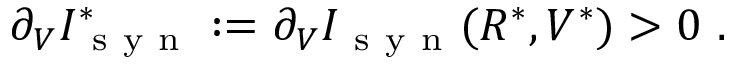
\partial _ { V } I _ { \mathrm { ~ s ~ y ~ n ~ } } ^ { * } : = \partial _ { V } I _ { \mathrm { ~ s ~ y ~ n ~ } } ( R ^ { * } , V ^ { * } ) > 0 \ .